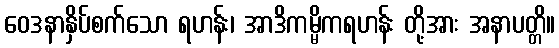
ဝေဒနာနှိပ်စက်သော ရဟန်း၊ အာဒိကမ္မိကရဟန်း တို့အား အနာပတ္တိ။